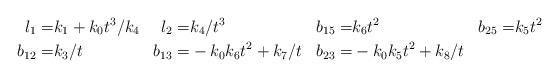
LaTeX: \begin{align*} l_{1} = &k_1+k_0t^3/k_4&l_{2} =&k_4/t^3 & b_{15} = &k_6t^2& b_{25} =&k_5t^2\\b_{12} =& k_3/t &b_{13} =&-k_0k_6t^2+k_7/t&b_{23} = &-k_0k_5t^2+k_8/t\end{align*}